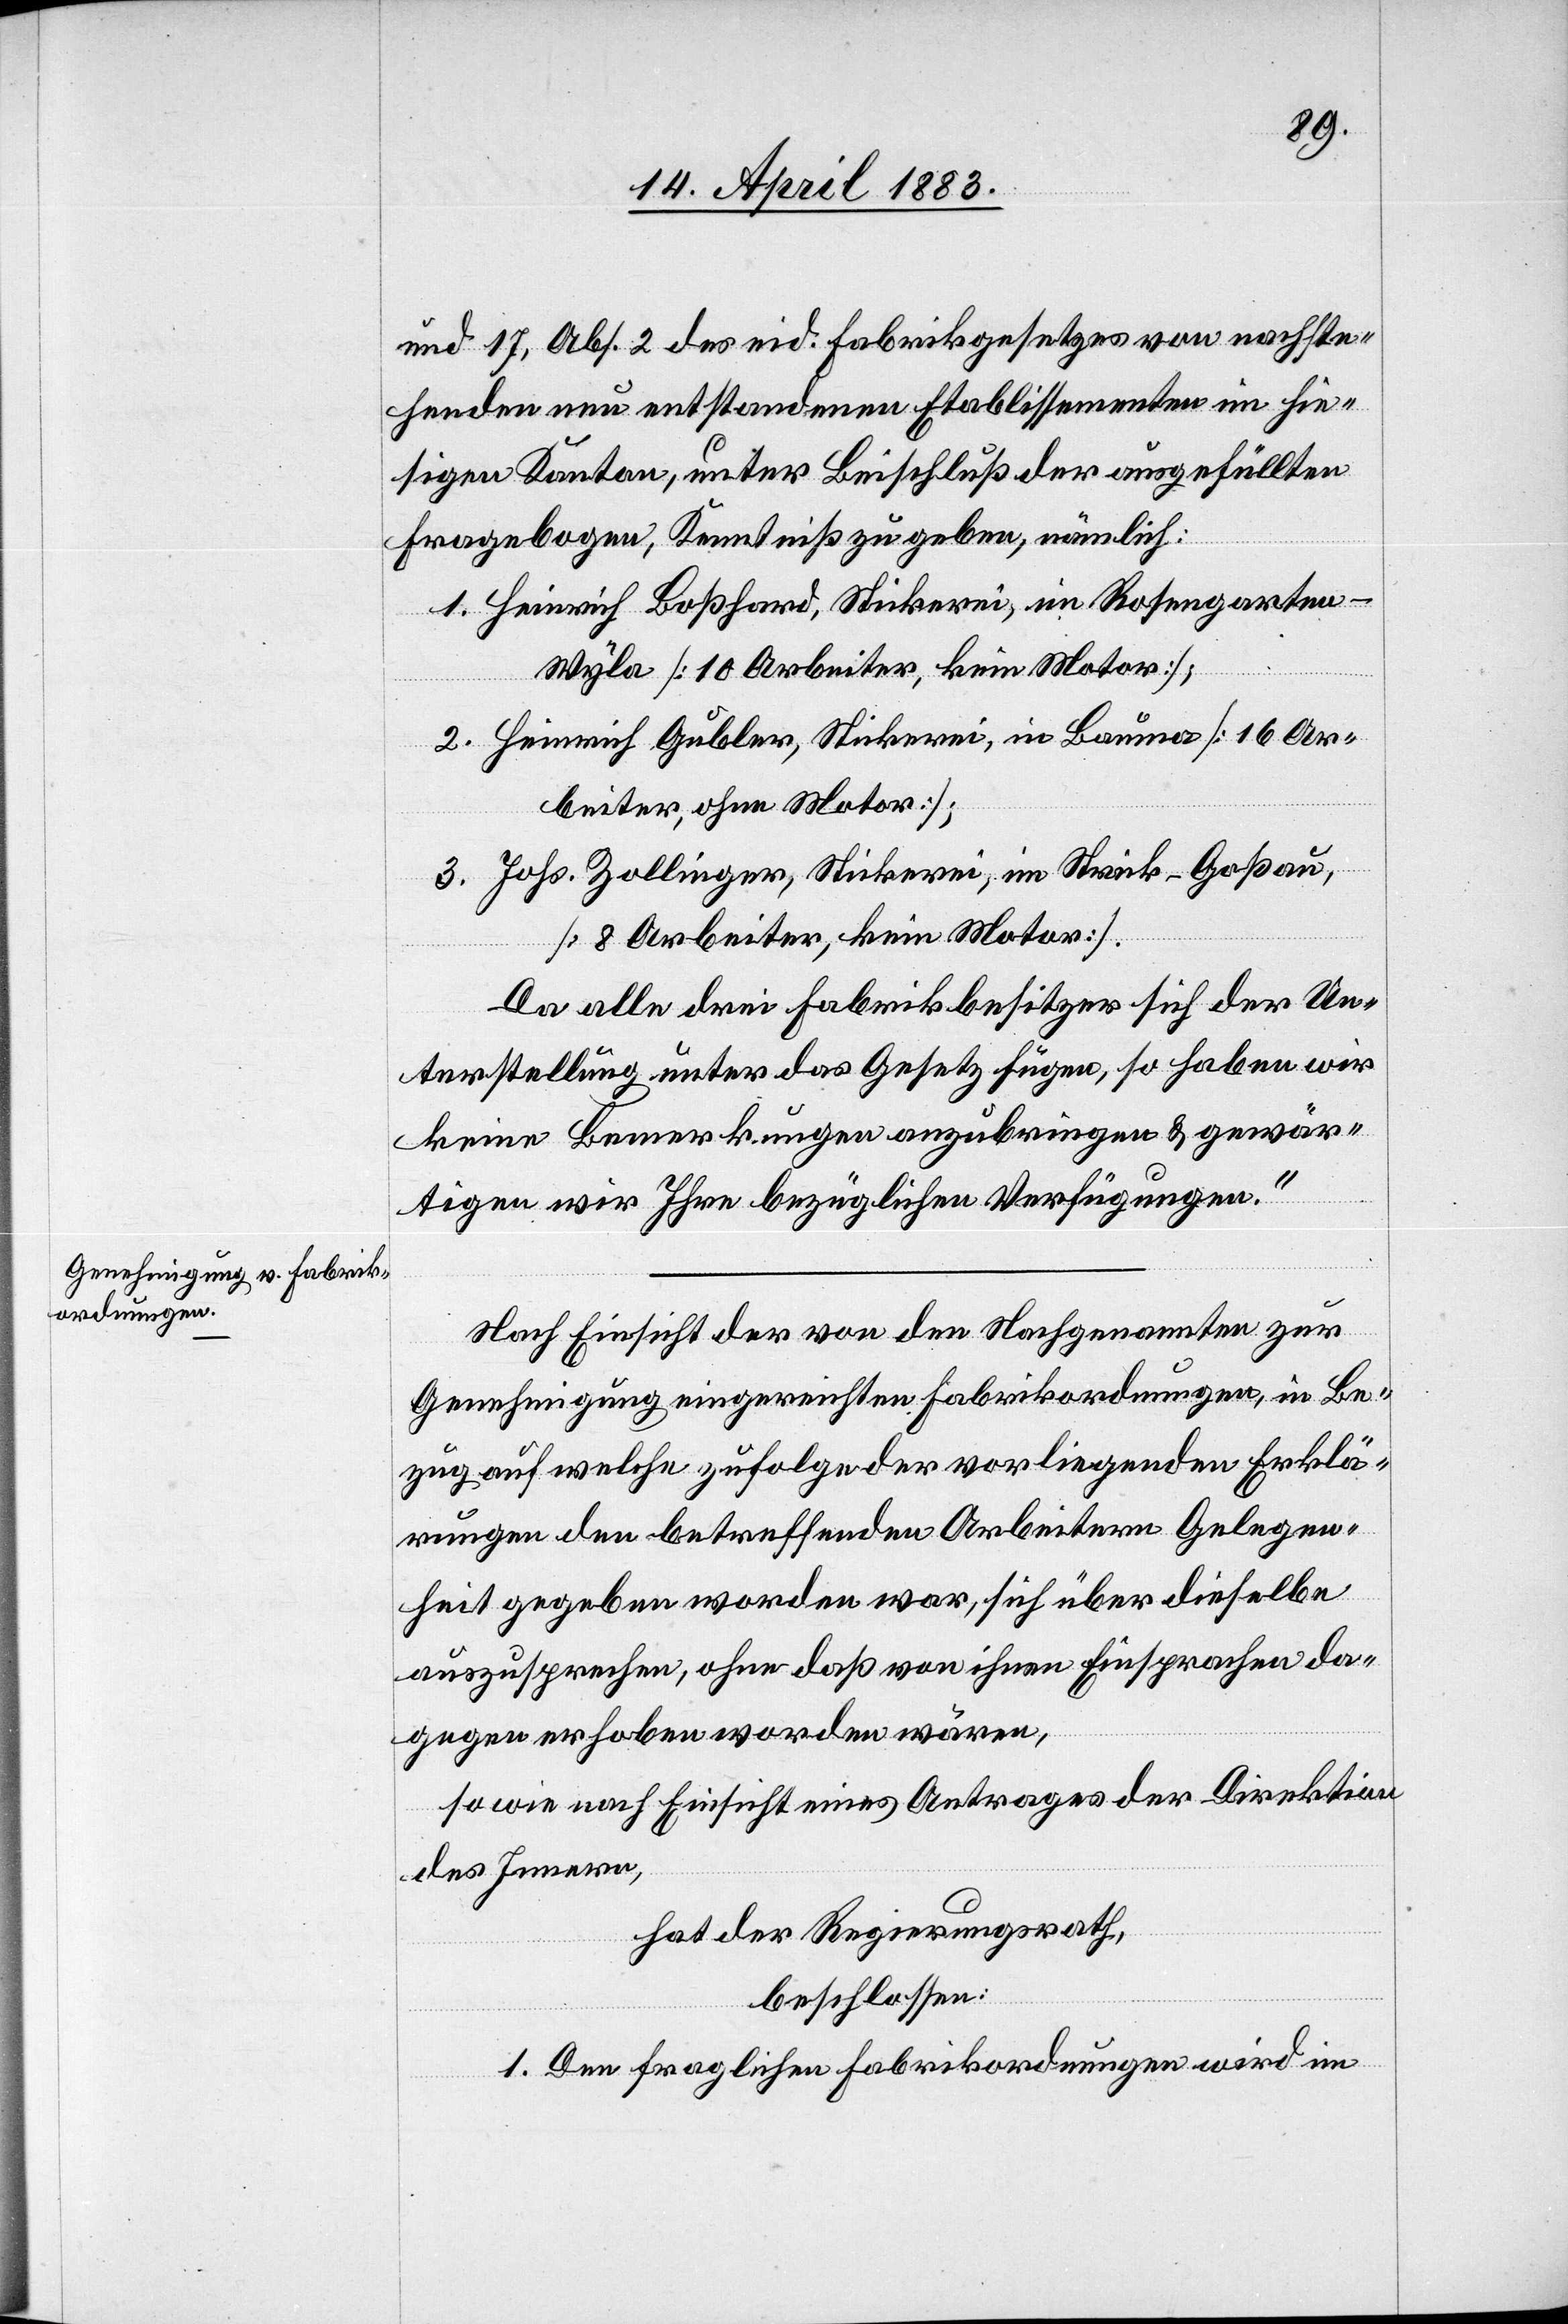
Gelege¬
und 17, Ab. 2 des eid. Fabrikgesetzes von nachste¬
henden neu entstandenen Etablissementen im hie¬
sigen Kanton, unter Beischluß der ausgefüllten
Fragebogen, Kenntniß zu geben, nämlich:
1. Heinrich Boßhard, Stickerei, im Rosengarten -
Wyla [10 Arbeiter, kein Motor];
2. Heinrich Gubler, Stickerei, in Bauma [16 Ar¬
beiter, ohne Motor];
3. Johs. Zollinger, Stickerei, im Strick - Goßau,
[8 Arbeiter, kein Motor].
Da alle drei Fabrikbesitzer sich der Un¬
terstellung unter das Gesetz fügen, so haben wir
keine Bemerkungen anzubringen & gewär¬
tigen wir Ihre bezüglichen Verfügungen.“
Nach Einsicht der von den Nachgenannten zur
Genehmigung eingereichten Fabrikordnungen, in Bez¬
heit gegeben worden war, sich über dieselbe
auszusprechen, ohne daß von ihnen Einsprachen da¬
gegen erhoben worden wären,
sowie nach Einsicht eines Antrages der Direktion
des Innern,
hat der Regierungsrath,
beschlossen:
1. Den fraglichen Fabrikordnungen wird im
n¬